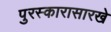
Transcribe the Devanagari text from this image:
पुरस्कारासारखे